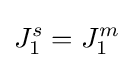
J_{1}^{s}=J_{1}^{m}